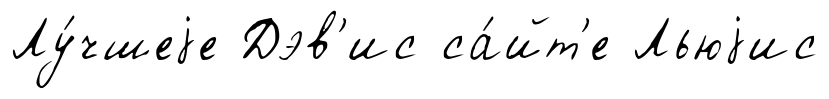
Лу́чшеjе Дэв'ис са́йт'е Льюjис